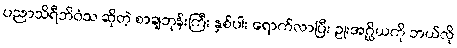
ပညာသိရီဘိဝံသ ဆိုတဲ့ စာချဘုန်းကြီး နှစ်ပါး ရောက်လာပြီး ဥုးအဂ္ဃိယကို ဘယ်လို